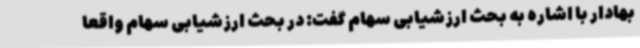
بهادار با اشاره به بحث ارزشیابی سهام گفت: در بحث ارزشیابی سهام واقعاً